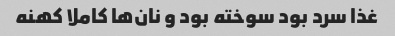
غذا سرد بود سوخته بود و نان‌ها کاملا کهنه